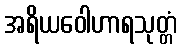
အရိယဝေါဟာရသုတ္တံ